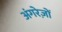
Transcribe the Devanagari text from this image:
अंगरेज़ों